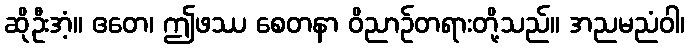
ဆိုဦးအံ့။ ဧတေ၊ ဤဖဿ စေတနာ ဝိညာဉ်တရားတို့သည်။ အညမညံဝါ၊